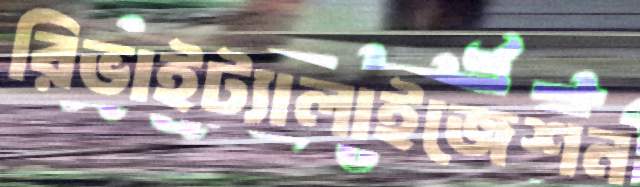
রিভাইট্যালাইজেশন